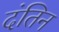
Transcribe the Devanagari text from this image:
दंतिन